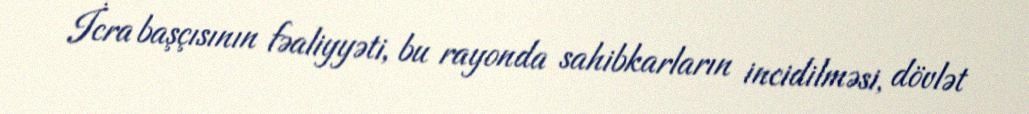
İcra başçısının fəaliyyəti, bu rayonda sahibkarların incidilməsi, dövlət